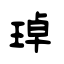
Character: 琸